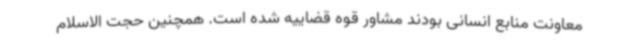
معاونت منابع انسانی بودند مشاور قوه قضاییه شده است. همچنین حجت الاسلام